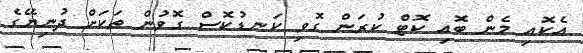
އެކޮއި މެން ބޮއި ކޮޓް ކުރަން ގޮވި ކަނޑުކޮސް ގޮވުން ތަކަށް ދުނިޔޭގެ